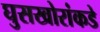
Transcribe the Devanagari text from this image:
घुसखोरांकडे